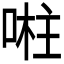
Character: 𭈴